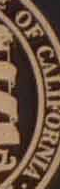
OF CALIFORNIA